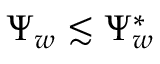
\Psi _ { w } \lesssim \Psi _ { w } ^ { * }